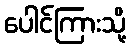
ပေါင်ကြားသို့